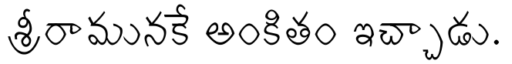
శ్రీరామునకే అంకితం ఇచ్చాడు.